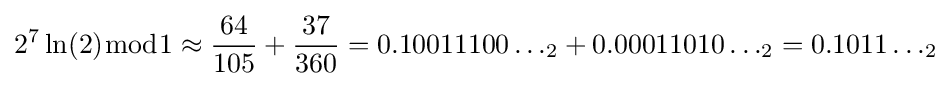
2^{7}\ln(2){\bmod {1}}\approx {\frac {64}{105}}+{\frac {37}{360}}=0.10011100\ldots _{2}+0.00011010\ldots _{2}=0.1011\ldots _{2}